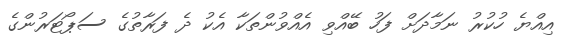
އިއްޔެ ހުކުރު ނަމާދަށް ފަހު ބޭއްވި އެއްވުންތަކާ އެކު ދެ ފަރާތުގެ ސަޕޯޓަރުންގެ